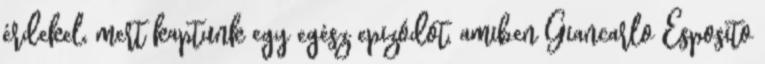
érdekel, mert kaptunk egy egész epizódot, amiben Giancarlo Esposito